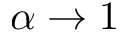
\alpha \rightarrow 1